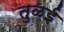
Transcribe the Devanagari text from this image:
तुळई